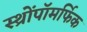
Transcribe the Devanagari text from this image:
स्थ्रोंपॉमर्फिक